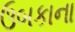
ઉબકાના